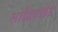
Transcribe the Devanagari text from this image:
लोहियाहेड